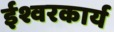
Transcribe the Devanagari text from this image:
ईश्वरकार्य